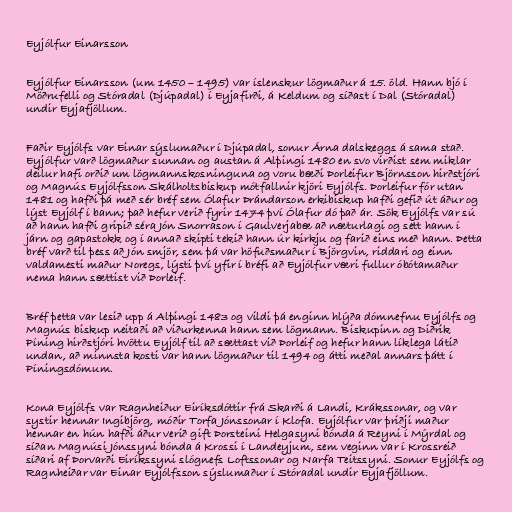
Eyjólfur Einarsson

Eyjólfur Einarsson (um 1450 – 1495) var íslenskur lögmaður á 15. öld. Hann bjó í
Möðrufelli og Stóradal (Djúpadal) í Eyjafirði, á Keldum og síðast í Dal (Stóradal)
undir Eyjafjöllum.

Faðir Eyjólfs var Einar sýslumaður í Djúpadal, sonur Árna dalskeggs á sama stað.
Eyjólfur varð lögmaður sunnan og austan á Alþingi 1480 en svo virðist sem miklar
deilur hafi orðið um lögmannskosninguna og voru bæði Þorleifur Björnsson hirðstjóri
og Magnús Eyjólfsson Skálholtsbiskup mótfallnir kjöri Eyjólfs. Þorleifur fór utan
1481 og hafði þá með sér bréf sem Ólafur Þrándarson erkibiskup hafði gefið út áður og
lýst Eyjólf í bann; það hefur verið fyrir 1474 því Ólafur dó það ár. Sök Eyjólfs var sú
að hann hafði gripið séra Jón Snorrason í Gaulverjabæ að næturlagi og sett hann í
járn og gapastokk og í annað skipti tekið hann úr kirkju og farið eins með hann. Þetta
bréf varð til þess að Jón smjör, sem þá var höfuðsmaður í Björgvin, riddari og einn
valdamesti maður Noregs, lýsti því yfir í bréfi að Eyjólfur væri fullur óbótamaður
nema hann sættist við Þorleif.

Bréf þetta var lesið upp á Alþingi 1483 og vildi þá enginn hlýða dómnefnu Eyjólfs og
Magnús biskup neitaði að viðurkenna hann sem lögmann. Biskupinn og Diðrik
Píning hirðstjóri hvöttu Eyjólf til að sættast við Þorleif og hefur hann líklega látið
undan, að minnsta kosti var hann lögmaður til 1494 og átti meðal annars þátt í
Píningsdómum.

Kona Eyjólfs var Ragnheiður Eiríksdóttir frá Skarði á Landi, Krákssonar, og var
systir hennar Ingibjörg, móðir Torfa Jónssonar í Klofa. Eyjólfur var þriðji maður
hennar en hún hafði áður verið gift Þorsteini Helgasyni bónda á Reyni í Mýrdal og
síðan Magnúsi Jónssyni bónda á Krossi í Landeyjum, sem veginn var í Krossreið
síðari af Þorvarði Eiríkssyni slógnefs Loftssonar og Narfa Teitssyni. Sonur Eyjólfs og
Ragnheiðar var Einar Eyjólfsson sýslumaður í Stóradal undir Eyjafjöllum.